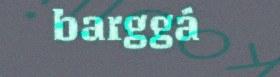
barggá